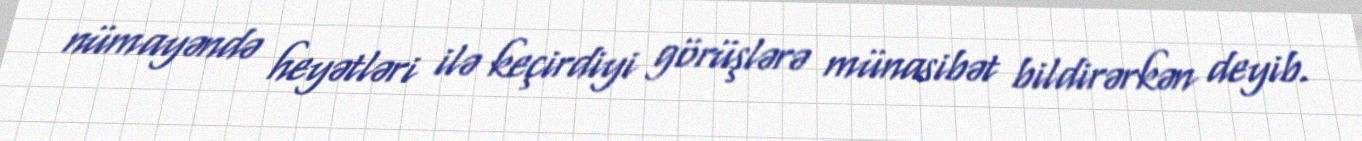
nümayəndə heyətləri ilə keçirdiyi görüşlərə münasibət bildirərkən deyib.